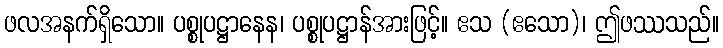
ဖလအနက်ရှိသော။ ပစ္စုပဋ္ဌာနေန၊ ပစ္စုပဋ္ဌာန်အားဖြင့်။ ဧသ (ဧသော)၊ ဤဖဿသည်။